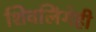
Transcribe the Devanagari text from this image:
शिवलिंगेही